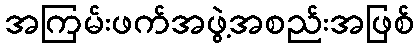
အကြမ်းဖက်အဖွဲ့အစည်းအဖြစ်